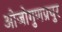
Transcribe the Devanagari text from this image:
ओजोगुणप्रचुर